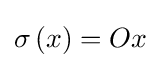
\sigma \left(x\right)=Ox